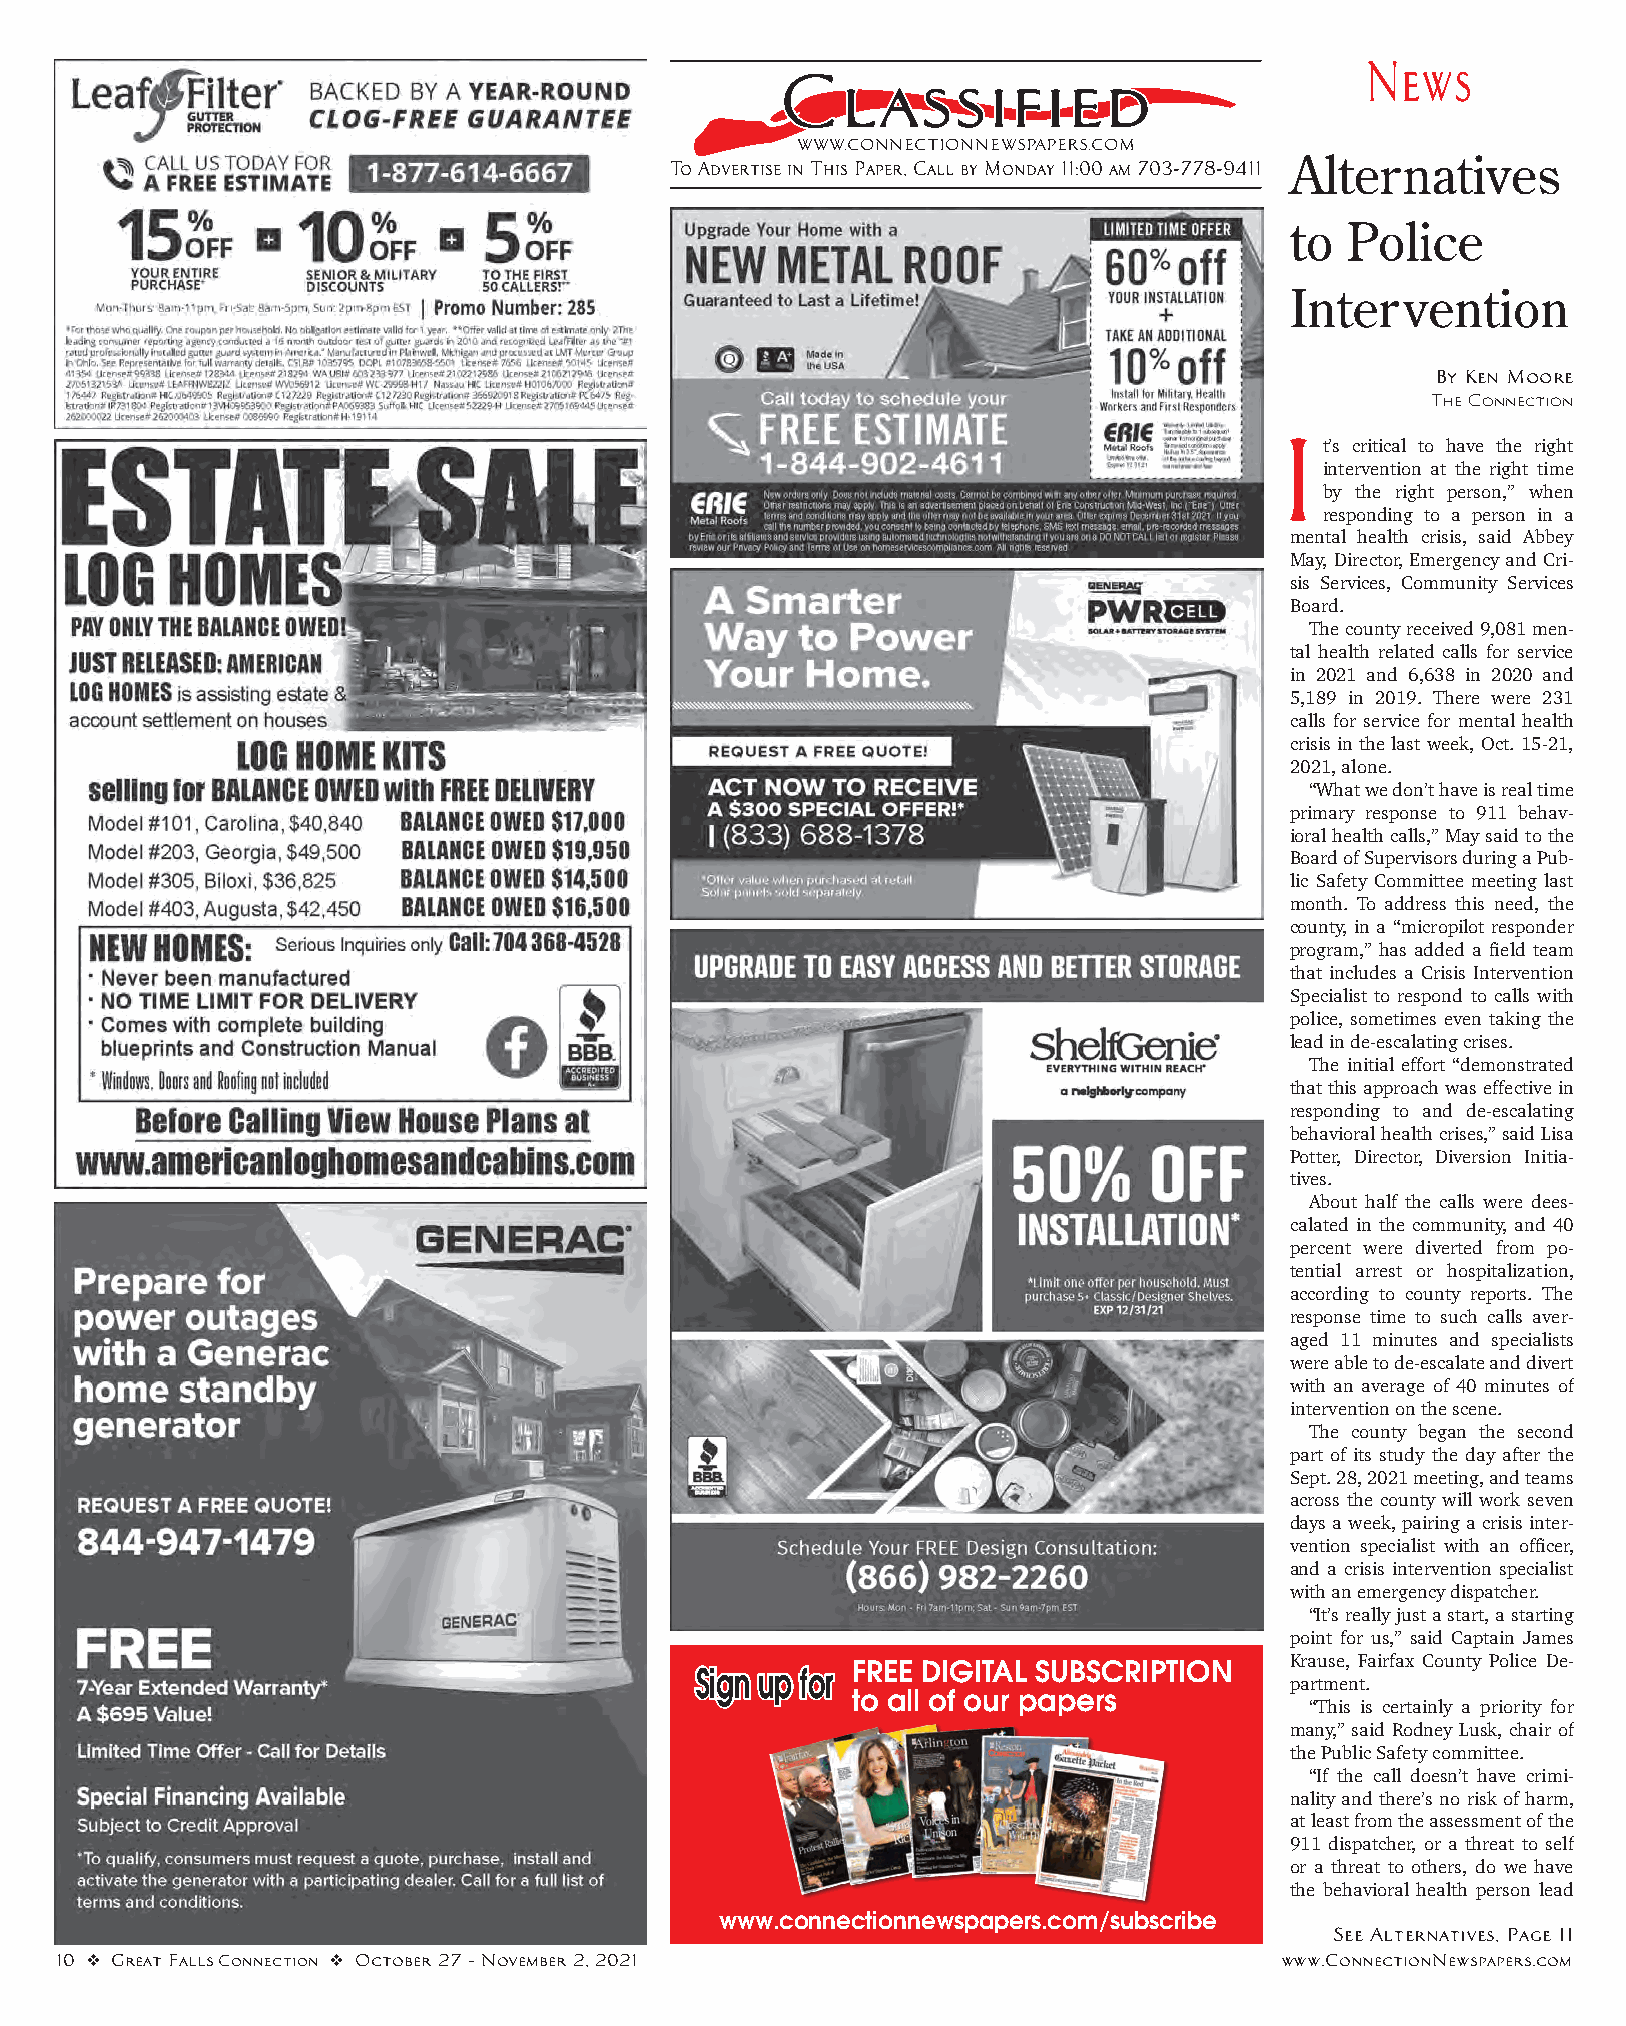
News
 CCllaassssiififieedd
 WWW.CONNECTIONNEWSPAPERS.COM
 Alternatives
 To Advertise in This Paper, Call by Monday 11:00 am 703-778-9411
 to  Police
 Intervention
 By Ken Moore
 The Connection
 I
 t’s critical to have the right
 intervention at the right time
 by the right person,” when
 responding to a person in a
 mental health crisis, said Abbey
 May, Director, Emergency and Cri-
 sis Services, Community Services
 Board.
 The county received 9,081 men-
 tal health related calls for service
 in 2021 and 6,638 in 2020 and
 5,189 in 2019. There were 231
 calls for service for mental health
 crisis in the last week, Oct. 15-21,
 2021, alone.
 “What we don’t have is real time
 primary response to 911 behav-
 ioral health calls,” May said to the
 Board of Supervisors during a Pub-
 lic Safety Committee meeting last
 month. To address this need, the
 county, in a “micropilot responder
 program,” has added a field team
 that includes a Crisis Intervention
 Specialist to respond to calls with
 police, sometimes even taking the
 lead in de-escalating crises.
 The initial effort “demonstrated
 that this approach was effective in
 responding to and de-escalating
 behavioral health crises,” said Lisa
 Potter, Director, Diversion Initia-
 tives.
 About half the calls were dees-
 calated in the community, and 40
 percent were diverted from po-
 tential arrest or hospitalization,
 according to county reports. The
 response time to such calls aver-
 aged 11 minutes and specialists
 were able to de-escalate and divert
 with an average of 40 minutes of
 intervention on the scene.
 The county began the second
 part of its study the day after the
 Sept. 28, 2021 meeting, and teams
 across the county will work seven
 days a week, pairing a crisis inter-
 vention specialist with an officer,
 and a crisis intervention specialist
 with an emergency dispatcher.
 “It’s really just a start, a starting
 point for us,” said Captain James
 FREE DIGITAL SUBSCRIPTION    Krause, Fairfax County Police De-
 SSiiggnn uupp ffoorr
 partment.
 to all of our papers
 “This is certainly a priority for
 many,” said Rodney Lusk, chair of
 the Public Safety committee.
 “If the call doesn’t have crimi-
 nality and there’s no risk of harm,
 at least from the assessment of the
 911 dispatcher, or a threat to self
 or a threat to others, do we have
 the behavioral health person lead
 www.connectionnewspapers.com/subscribe
 See Alternatives, Page 11
 10 v Great Falls Connection v October 27 - November 2, 2021                      www.ConnectionNewspapers.com